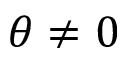
\theta \neq 0